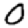
Digit: 0